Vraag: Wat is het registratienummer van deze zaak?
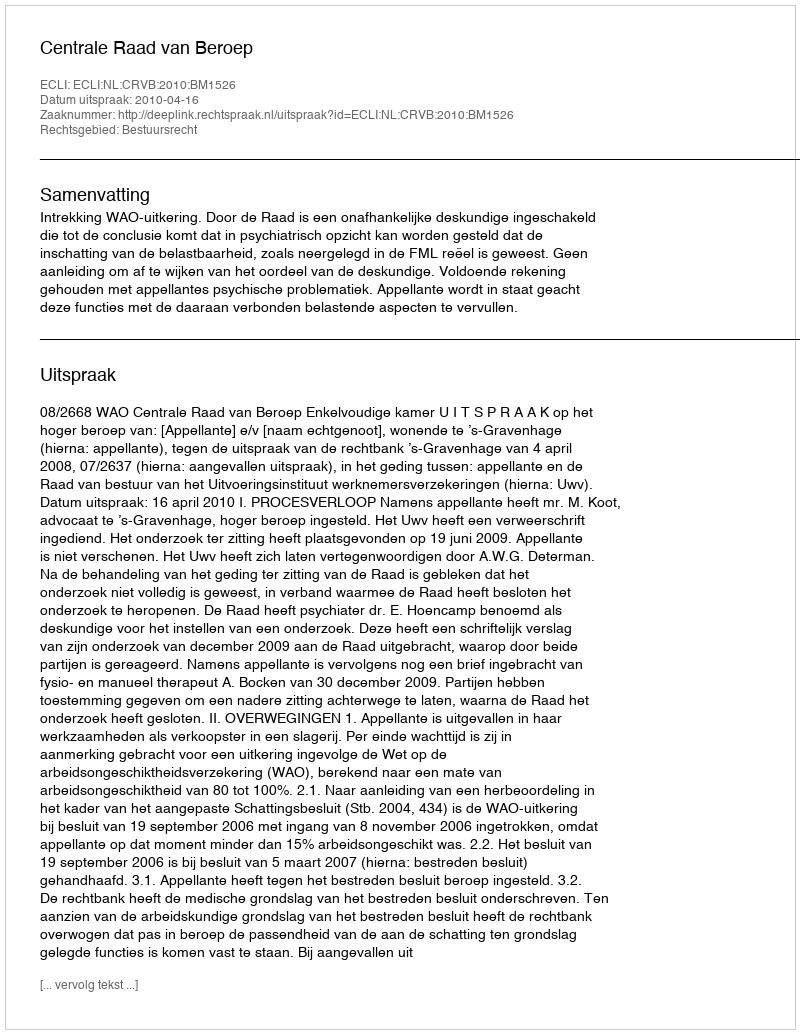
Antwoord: http://deeplink.rechtspraak.nl/uitspraak?id=ECLI:NL:CRVB:2010:BM1526